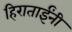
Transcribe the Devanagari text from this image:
हिराताईंनी